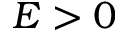
E > 0